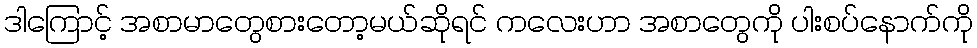
ဒါကြောင့် အစာမာတွေစားတော့မယ်ဆိုရင် ကလေးဟာ အစာတွေကို ပါးစပ်နောက်ကို